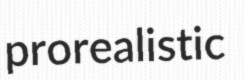
prorealistic